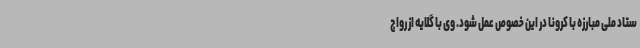
ستاد ملی مبارزه با کرونا در این خصوص عمل شود. وی با گلایه از رواج